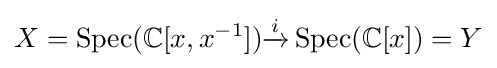
X=\operatorname {Spec} (\mathbb {C} [x,x^{-1}]){\xrightarrow {i}}\operatorname {Spec} (\mathbb {C} [x])=Y